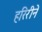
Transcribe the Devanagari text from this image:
हरिरीने